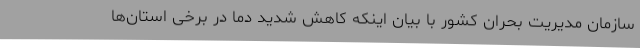
سازمان مدیریت بحران کشور با بیان اینکه کاهش شدید دما در برخی استان‌ها